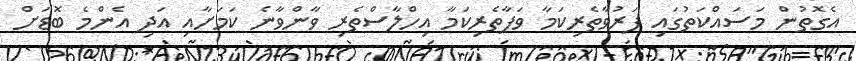
އެގޮތުން މަސައްކަތުގައި ފަރުވާތެރިކަމާ ވަފާތެރިކަމާ އިހްލާސްތެރި ވާންވާނެ ކަމަށާއި އަދި އެންމެ ބޮޑަށް